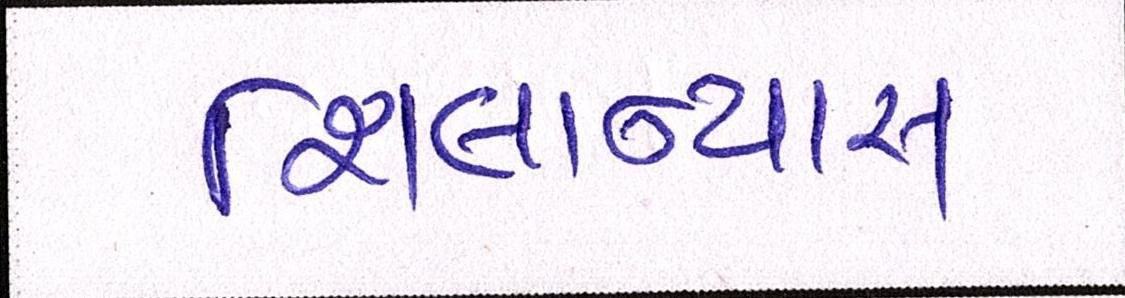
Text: શિલાન્યાસ